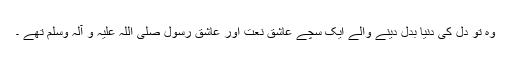
وہ تو دل کی دنیا بدل دینے والے ایک سچے عاشق نعت اور عاشق رسول صلی اللہ علیہ و آلہ وسلم تھے ۔